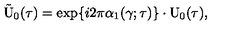
\tilde { \mathrm { U } } _ { 0 } ( \tau ) = \exp \{ i 2 \pi { \alpha } _ { 1 } ( \gamma ; \tau ) \} \cdot \mathrm { U } _ { 0 } ( \tau ) ,